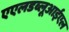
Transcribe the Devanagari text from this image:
एएलडब्लूआईएल